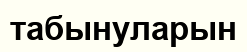
табынуларын